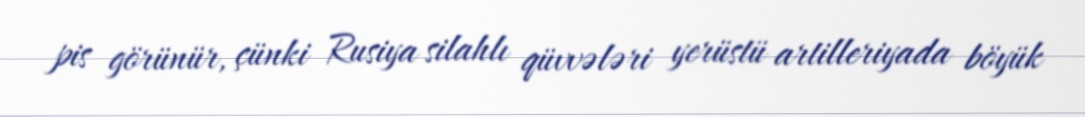
pis görünür, çünki Rusiya silahlı qüvvələri yerüstü artilleriyada böyük